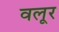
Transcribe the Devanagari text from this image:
वलूर